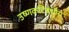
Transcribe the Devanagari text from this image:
उष्णकटिंबंधीय